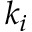
k _ { i }